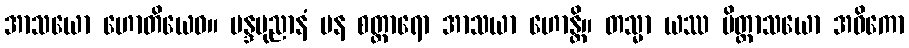
အာသယော ဟောတိယေဝ။ မန္ဒပုညာနံ ပန စတ္တာရော အာသယာ ဟောန္တိ။ တသ္မာ ယဿ ပိတ္တာသယော အဓိကော